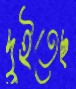
দুইতেছ